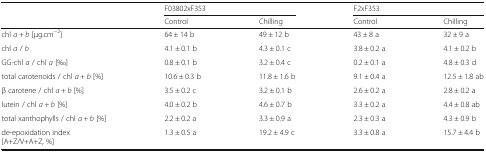
| <ROWSPAN=2>  | <COLSPAN=2> F03802xF353 | <COLSPAN=2> F2xF353 |
 | Control | Chilling | Control | Chilling |
 | --- | --- | --- | --- | --- |
 | chl a + b [μg.cm−2] | 64 ± 14 b | 49 ± 12 b | 43 ± 8 a | 32 ± 9 a |
 | chl a / b | 4.1 ± 0.1 b | 4.3 ± 0.1 c | 3.8 ± 0.2 a | 4.1 ± 0.2 b |
 | GG-chl a / chl a [‰] | 0.8 ± 0.1 b | 3.2 ± 0.4 c | 0.2 ± 0.1 a | 4.8 ± 0.3 d |
 | total carotenoids / chl a + b [%] | 10.6 ± 0.3 b | 11.8 ± 1.6 b | 9.1 ± 0.4 a | 12.5 ± 1.8 ab |
 | β carotene / chl a + b [%] | 3.5 ± 0.2 c | 3.2 ± 0.1 b | 2.6 ± 0.2 a | 2.8 ± 0.2 a |
 | lutein / chl a + b [%] | 4.0 ± 0.2 b | 4.6 ± 0.7 b | 3.3 ± 0.2 a | 4.4 ± 0.8 ab |
 | total xanthophylls / chl a + b [%] | 2.2 ± 0.2 a | 3.3 ± 0.9 a | 2.3 ± 0.3 a | 4.3 ± 0.9 b |
 | de-epoxidation index[A+Z/V+A+Z, %] | 1.3 ± 0.5 a | 19.2 ± 4.9 c | 3.3 ± 0.8 a | 15.7 ± 4.4 b |